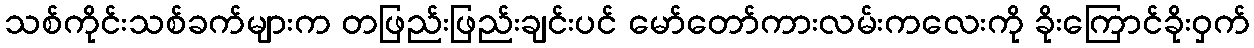
သစ်ကိုင်းသစ်ခက်များက တဖြည်းဖြည်းချင်းပင် မော်တော်ကားလမ်းကလေးကို ခိုးကြောင်ခိုးဝှက်